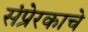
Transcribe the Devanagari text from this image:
संप्रेरकाचे